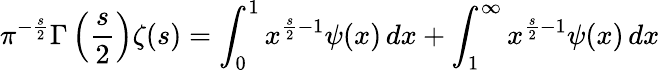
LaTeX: \pi^{-{\frac{s}{2}}}\Gamma\left({\frac{s}{2}}\right)\zeta(s)=\int_{0}^{1}x^{{\frac{s}{2}}-1}\psi(x)\, dx+\int_{1}^{\infty}x^{{\frac{s}{2}}-1}\psi(x)\, dx